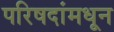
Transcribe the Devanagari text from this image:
परिषदांमधून